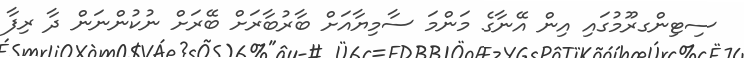
ސިޓިންގރޫމުގައި އިން އޭނާގެ މަންމަ ސާމިޔާއަށް ބާރުބާރަށް ބޭރަށް ނުކުންނަން ދާ ރިފާ